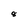
Character: 8